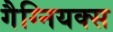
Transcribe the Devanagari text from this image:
गैग्नियक्स